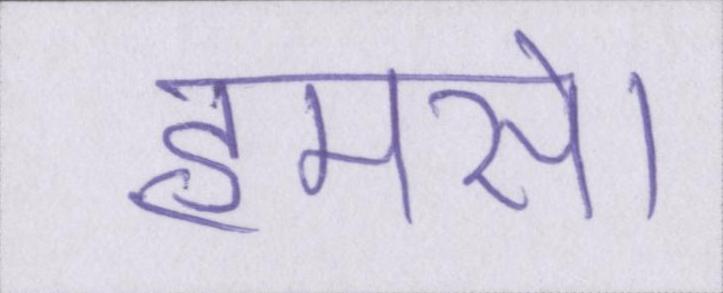
हमसे।